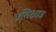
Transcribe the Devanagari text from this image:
प्रतिक्षात्र